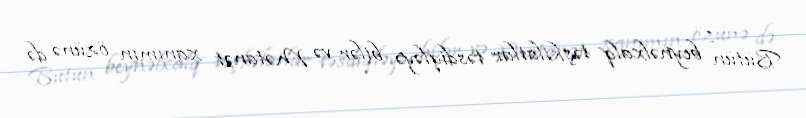
Bütün beynəlxalq təşkilatlar təsdiqləyə bilər və Mətanət xanımın özünə də